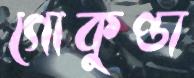
গোকুণ্ডা